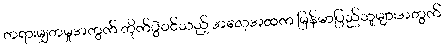
တရားမျှတမှုအတွက် တိုက်ပွဲဝင်သည့် အလေ့အထက မြန်မာပြည်သူများအတွက်